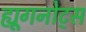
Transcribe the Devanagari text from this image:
ह्यूगनोट्स